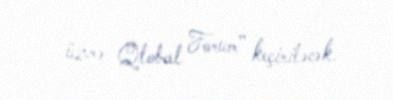
üzrə Qlobal Forum’’ keçiriləcək.